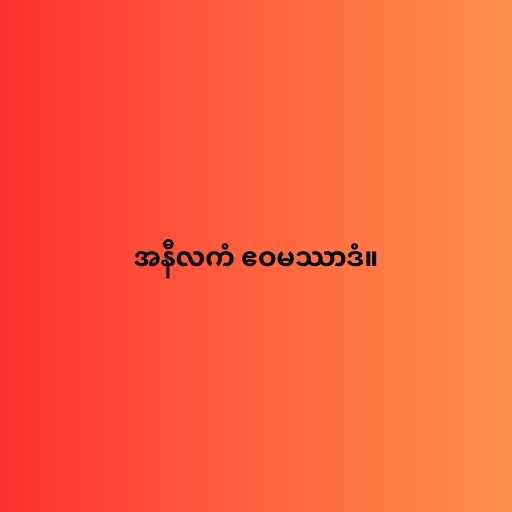
အနီလကံ ဧဝမဿာဒံ။